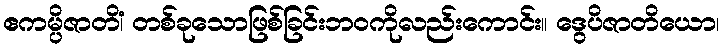
ဧကမ္ပိဇာတိံ၊ တစ်ခုသောဖြစ်ခြင်းဘဝကိုလည်းကောင်း။ ဒွေပိဇာတိယော၊